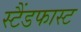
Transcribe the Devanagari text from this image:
स्टैंडफास्ट